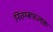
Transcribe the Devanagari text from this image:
नितम्बफलक